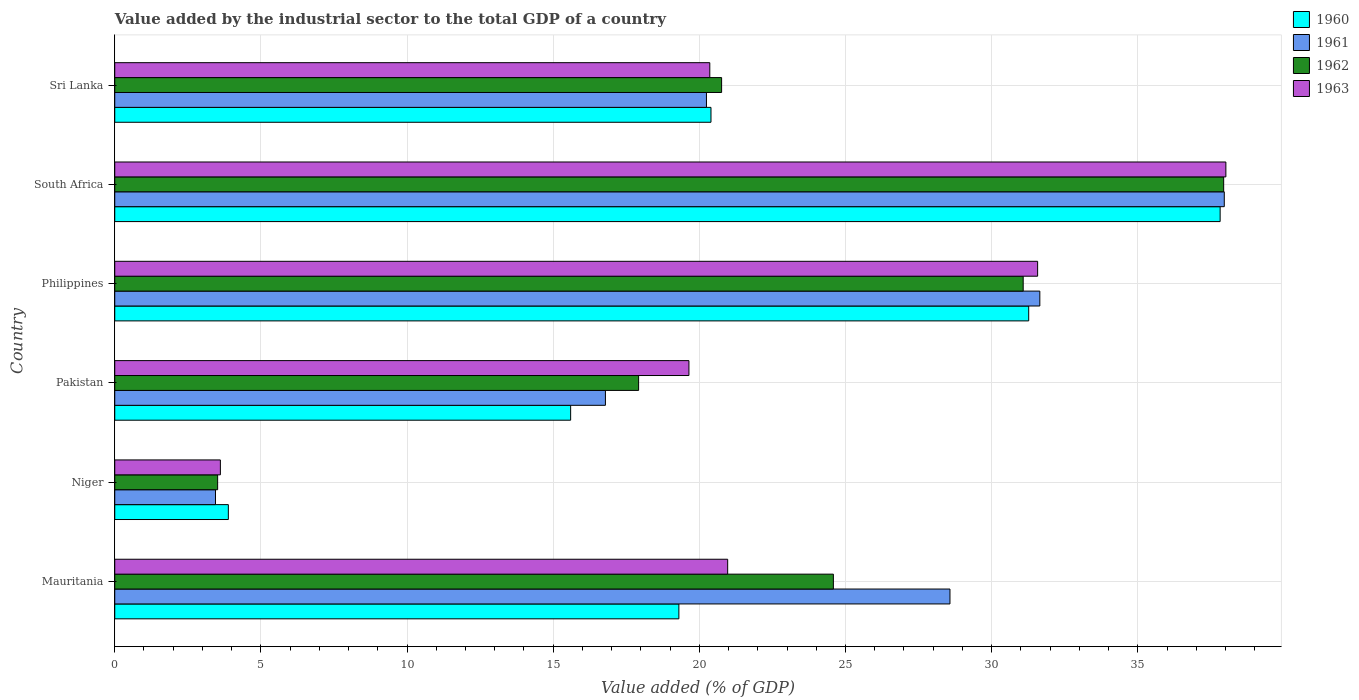
| Country | 1960 | 1961 | 1962 | 1963 |
 | --- | --- | --- | --- | --- |
 | Mauritania | 19.3 | 28.6 | 24.6 | 21 |
 | Niger | 3.89 | 3.45 | 3.52 | 3.61 |
 | Pakistan | 15.6 | 16.8 | 17.9 | 19.6 |
 | Philippines | 31.3 | 31.6 | 31.1 | 31.6 |
 | South Africa | 37.8 | 38 | 37.9 | 38 |
 | Sri Lanka | 20.4 | 20.2 | 20.8 | 20.4 |